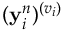
( \mathbf { y } _ { i } ^ { n } ) ^ { ( v _ { i } ) }